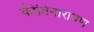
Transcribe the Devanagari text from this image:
कीतिनारायण